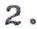
2.